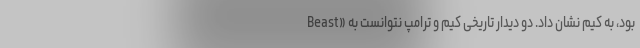
Beast» بود، به کیم نشان داد. دو دیدار تاریخی کیم و ترامپ نتوانست به